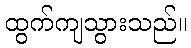
ထွက်ကျသွားသည်။